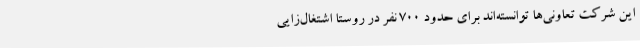
این شرکت تعاونی‌ها توانسته‌اند برای حدود 700 نفر در روستا اشتغال‌زایی